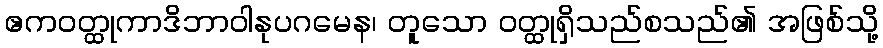
ဧကဝတ္ထုကာဒိဘာဝါနုပဂမေန၊ တူသော ဝတ္ထုရှိသည်စသည်၏ အဖြစ်သို့